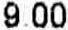
9.00